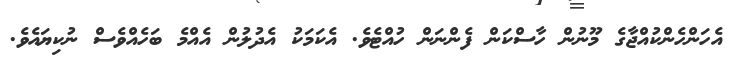
އެހަންހެންކުއްޖާގެ މޫނުން ހާސްކަން ފެންނަން ހުއްޓެވެ. އެކަމަކު އެދުލުން އެއްމެ ބަހެއްވެސް ނުކިޔައެވެ.